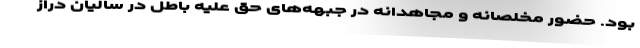
بود. حضور مخلصانه و مجاهدانه در جبهه‌های حق علیه باطل در سالیان دراز